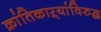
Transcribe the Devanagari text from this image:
क्रांतिकाऱ्यांविरुद्ध